Madras plague regulations in force outside the Presidency town - Volume 2
Disease focus: Plague
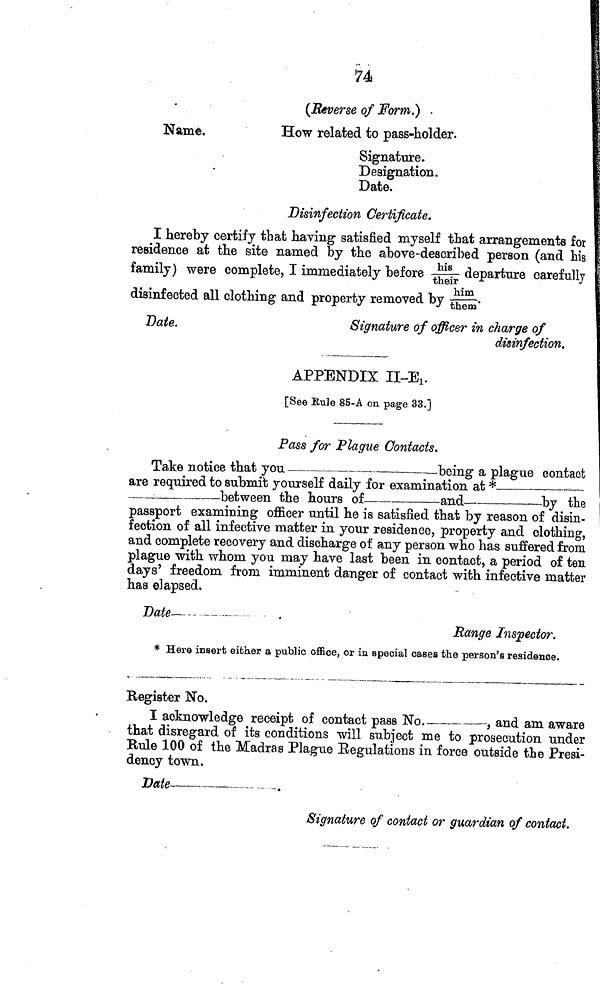
74
(Reverse of Form.) .
Name.
How related to pass-holder.
Signature.
Designation.
Date.
Disinfection Certificate.
I hereby certify that having satisfied myself that arrangements for
residence at the site named by the above-described person (and his
family) were complete, I immediately before his their departure
carefully
disinfected all clothing and property removed by him them
Date.
Signature of officer in charge of
disinfection.
------------------ APPENDIX II-E1.
[See Rule 85-A on page
33.]
--------------------------------
Pass for Plague Contacts.
Take notice that you
being a plague contact
are required to submit yourself daily for examination at *------------------
between
the hours of -------------------------and -------------------by the
passport examining officer until he is satisfied that by reason of disin-
fection of all infective matter in your residence, property and clothing,
and complete recovery and discharge of any person who has suffered from
plague with whom you may have last been in contact, a period of ten
days' freedom from imminent danger of contact with infective matter
has elapsed.
Date
Range Inspector.
* Here insert either a public office, or in special cases the person's residence.
---------------------------------------------------------------------------------------------
Register No.
I acknowledge receipt of contact pass No------------, and am aware
that disregard of its conditions will subject me to prosecution under
Bule 100 of the Madras Plague Regulations in force outside the Presi-
dency town.
Date
-.
Signature of contact or guardian of contact.